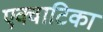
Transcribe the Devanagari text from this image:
एक्वाटिका